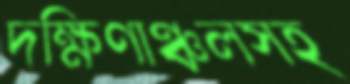
দক্ষিণাঞ্চলসহ